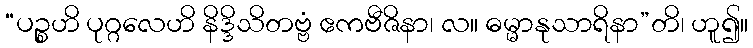
“ပဉ္စဟိ ပုဂ္ဂလေဟိ နိဒ္ဒိသိတဗ္ဗံ ဧကဗီဇိနာ၊ လ။ ဓမ္မာနုသာရိနာ”တိ၊ ဟူ၍။